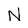
Character: N